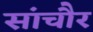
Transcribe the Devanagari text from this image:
सांचौर